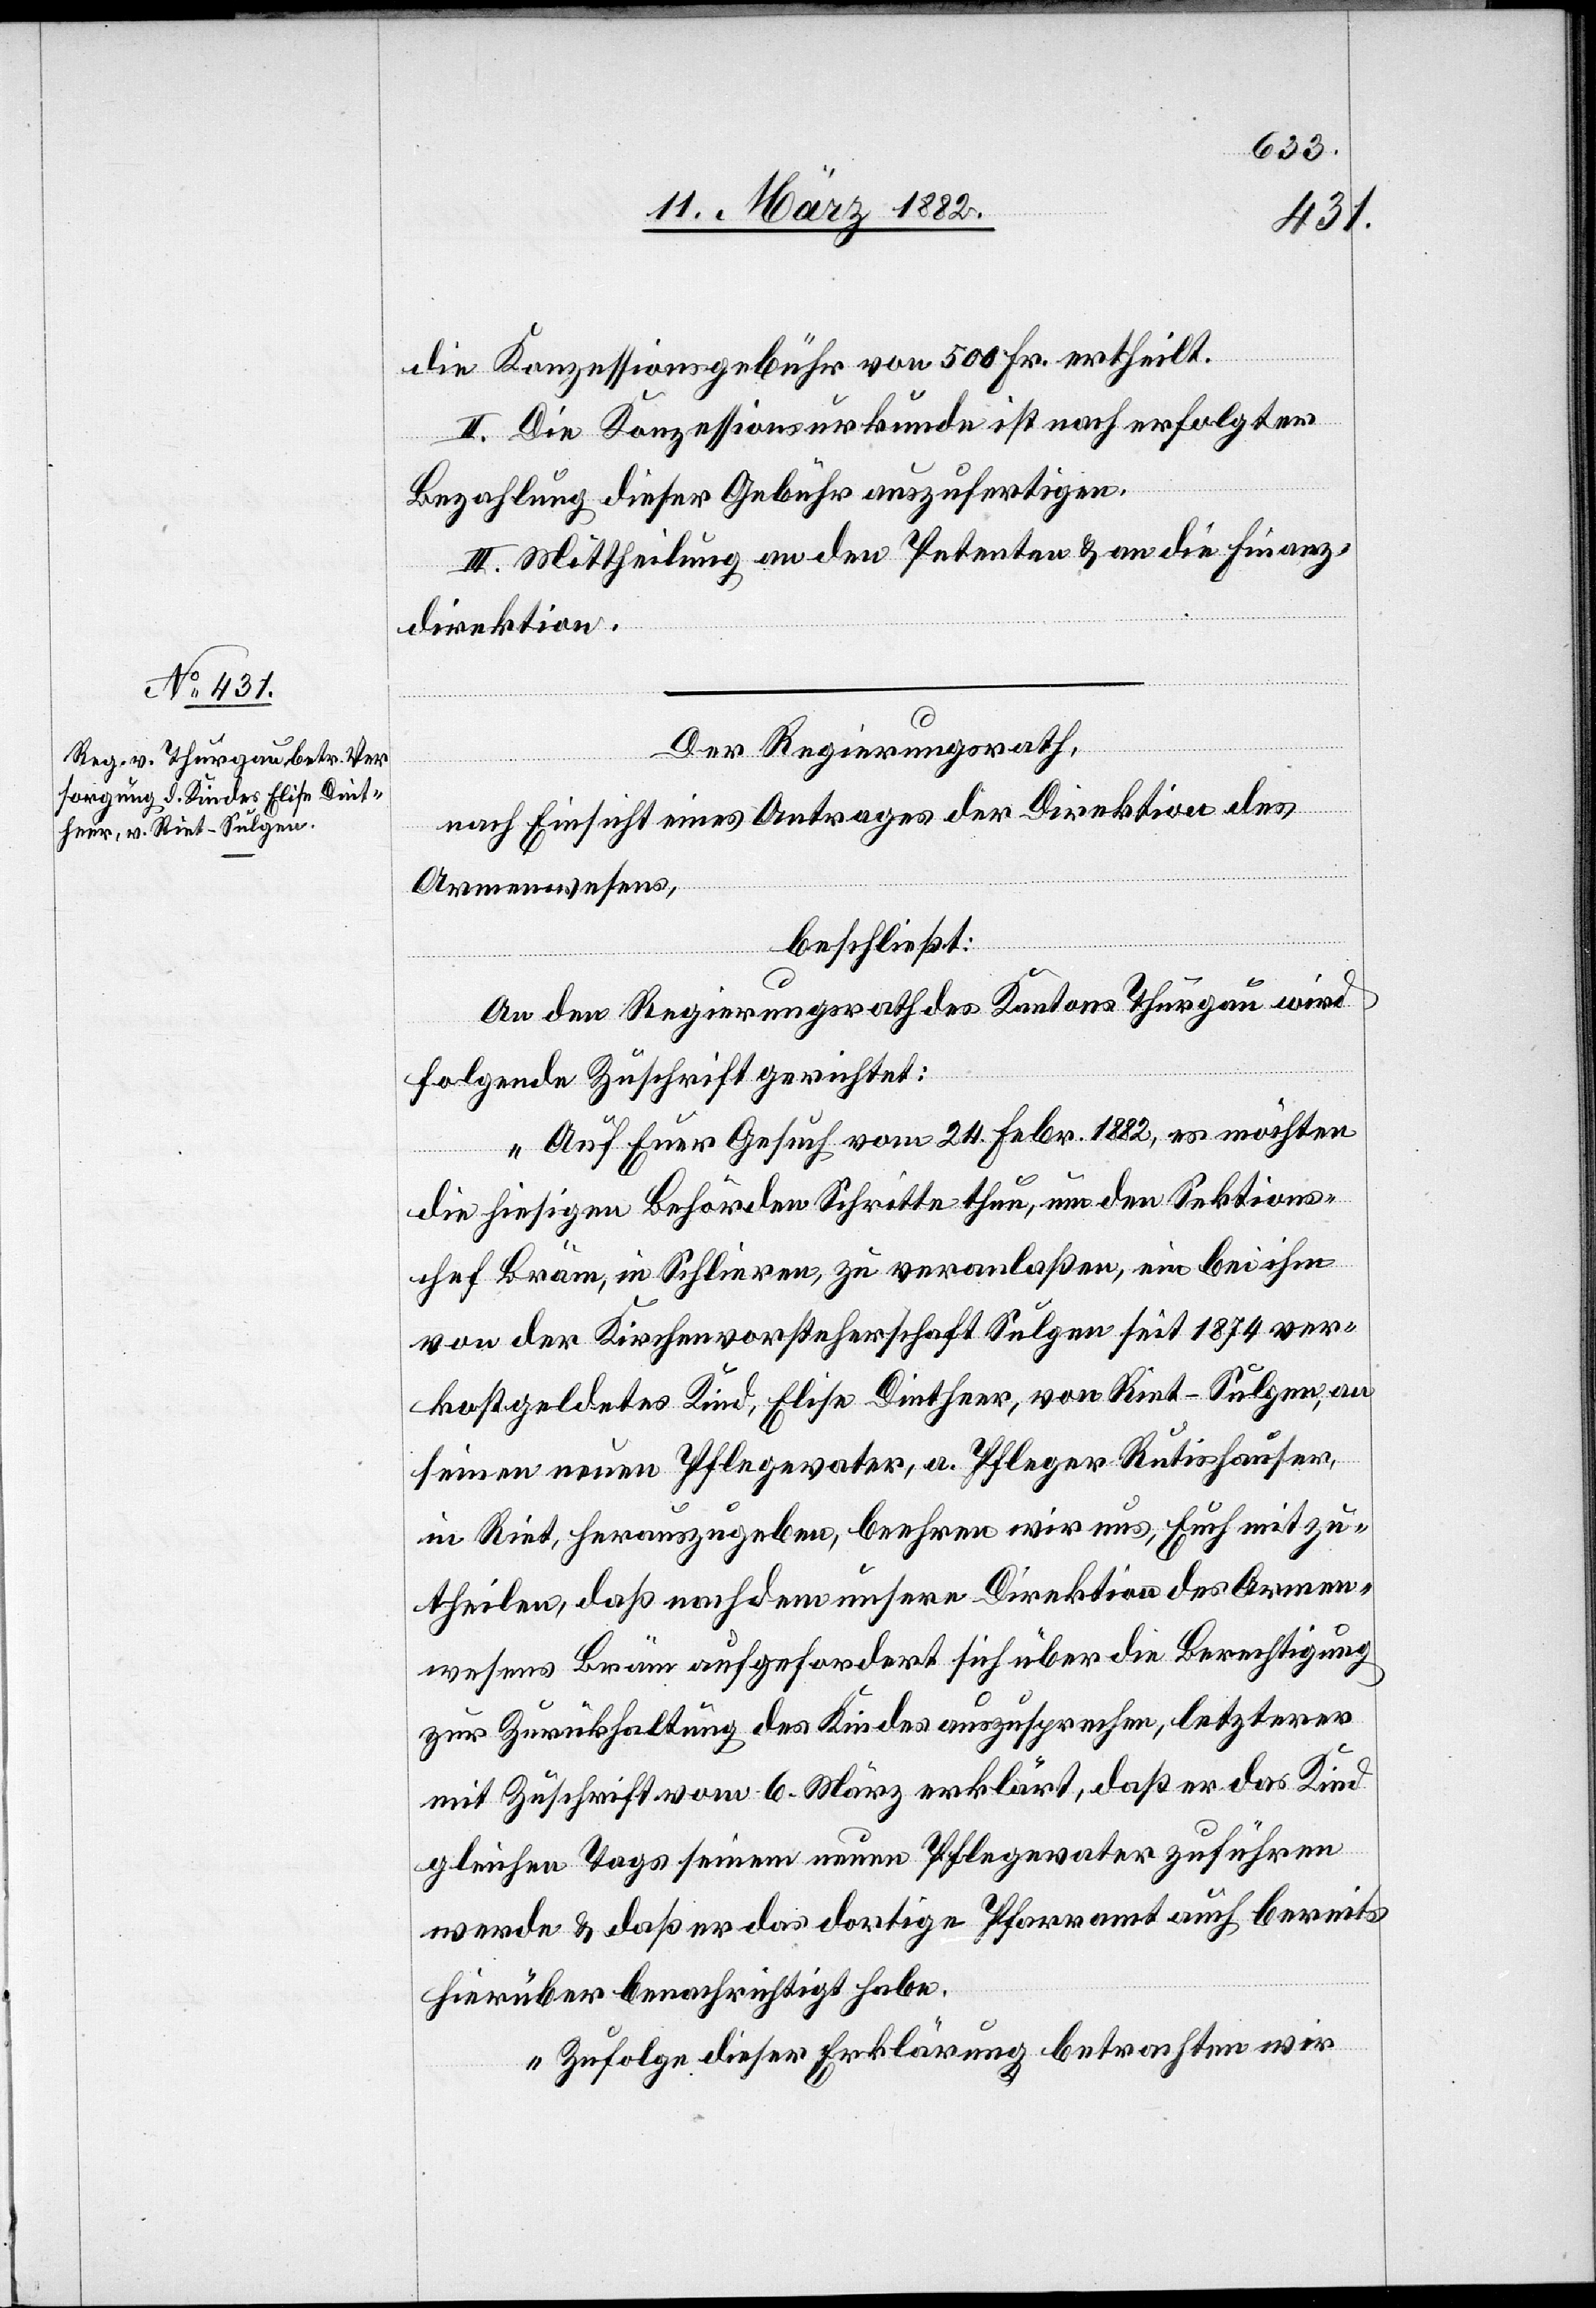
die Konzessionsgebühr von 500 Fr. ertheilt.
II. Die Konzessionsurkunde ist nach erfolgter
Bezahlung dieser Gebühr auszufertigen.
III. Mittheilung an den Petenten & an die Finanz¬
direktion.
Der Regierungsrath,
nach Einsicht eines Antrages der Direktion des
Armenwesen,
beschließt:
An den Regierungsrath des Kantons Thurgau wird
folgende Zuschrift gerichtet:
„Auf Euer Gesuch vom 24. Febr. 1882, es möchten
die hiesigen Behörden Schritte thun, um den Sektions¬
chef Bräm, in Schlieren, zu veranlaßen, ein bei ihm
von der Kirchenvorsteherschaft Sulgen seit 1874 ver¬
kostgeldetes Kind, Elise Dintheer, von Riet -Sulgen, an
seinen neuen Pflegevater, a. Pfleger Rutishauser,
in Riet, herauszugeben, beehren wir uns, Euch mitzu¬
theilen, daß nachdem unsere Direktion des Armen¬
wesens Bräm aufgefordert sich über die Berechtigung
zur Zurückhaltung des Kindes auszusprechen, letzterer
mit Zuschrift vom 6. März erklärt, daß er das Kind
gleichen Tages seinem neuen Pflegevater zuführen
werde & daß er das dortige Pfarramt auch bereits
hierüber benachrichtigt habe.
Zufolge dieser Erklärung betrachten wir